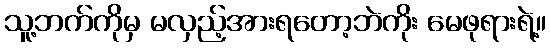
သူ့ဘက်ကိုမှ မလှည့်အားရတော့ဘဲကိုး မေဖုရားရဲ့။